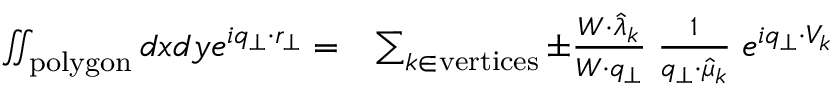
\begin{array} { r l } { \iint _ { \mathrm { p o l y g o n } } d x d y e ^ { i q _ { \perp } \cdot r _ { \perp } } = } & { \sum _ { k \in \mathrm { v e r t i c e s } } \pm \frac { W \cdot \hat { \lambda } _ { k } } { W \cdot q _ { \perp } } \; \frac { 1 } { q _ { \perp } \cdot \hat { \mu } _ { k } } \; e ^ { i q _ { \perp } \cdot V _ { k } } } \end{array}